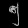
Digit: ၅